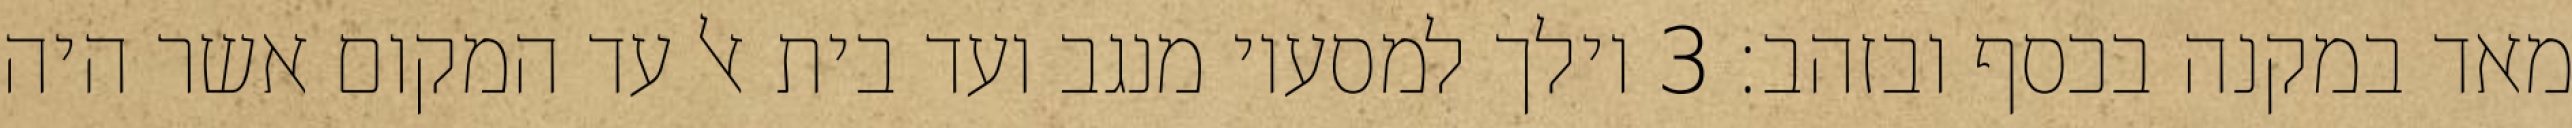
מאד במקנה בכסף ובזהב׃ ‎3‏ וילך למסעיו מנגב ועד בית אל עד המקום אשר היה